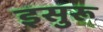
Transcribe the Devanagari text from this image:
इसुरू